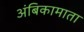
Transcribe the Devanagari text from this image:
अंबिकामाता